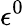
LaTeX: \epsilon^{0}